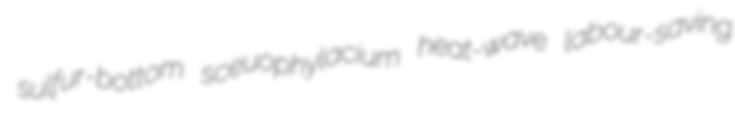
sulfur-bottom sceuophylacium heat-wave labour-saving